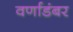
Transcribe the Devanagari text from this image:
वर्णाडंबर